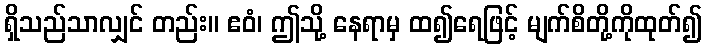
ရှိသည်သာလျှင် တည်း။ ဧဝံ၊ ဤသို့ နေရာမှ ထ၍ရေဖြင့် မျက်စိတို့ကိုထုတ်၍